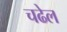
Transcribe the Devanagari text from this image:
चढेल